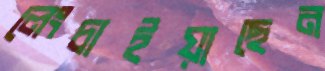
লেংচাইয়াছেন